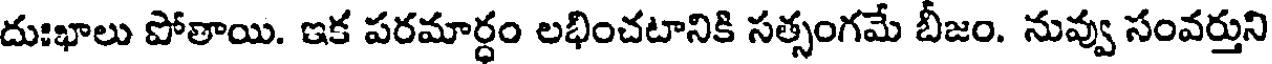
దుఃఖాలు పోతాయి. ఇక పరమార్ధం లభించటానికి సత్సంగమే బీజం. నువ్వు సంవర్తుని